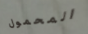
المحمول